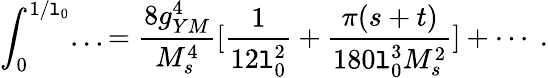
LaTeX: \int_{0}^{1/\mathtt{l}_{0}}...={\frac{{8g_{YM}^{4}}}{{M_{s}^{4}}}}[{\frac{{1}}{{12\mathtt{l}_{0}^{2}}}}+{\frac{{\pi(s+t)}}{{180\mathtt{l}_{0}^{3}M_{s}^{2}}}}]+\cdots\ .